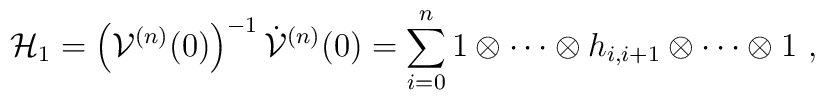
{\cal H}_{1} =\left({\cal V}^{(n)}(0)\right)^{-1}\dot{\cal V}^{(n)}(0)=\sum^{n}_{i=0} 1 \otimes \cdots\otimes h_{i,i+1} \otimes \cdots \otimes 1~,